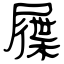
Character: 屧